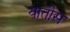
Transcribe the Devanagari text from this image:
यातीस